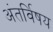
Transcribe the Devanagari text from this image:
अंतर्विषय